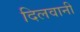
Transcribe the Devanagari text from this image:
दिलवानी